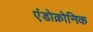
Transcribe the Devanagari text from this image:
एंडोक्रोनिक